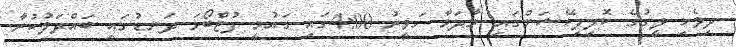
ދިވެހި ލީގުގެ ކޮލިފިކޭޝަންގައި މާދަމާ ހަވީރު 4:00ގައި ގައުމީ ފުޓްބޯޅަ ދަނޑުގައި ބައްދަލުކުރާ